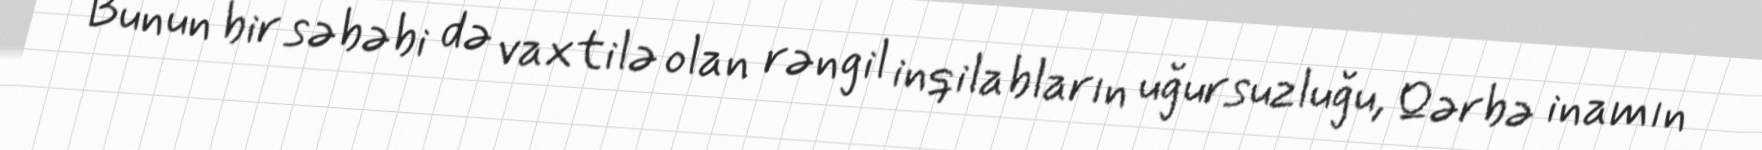
Bunun bir səbəbi də vaxtilə olan rəngil inqilabların uğursuzluğu, Qərbə inamın